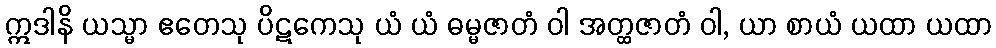
ဣဒါနိ ယသ္မာ ဧတေသု ပိဋကေသု ယံ ယံ ဓမ္မဇာတံ ဝါ အတ္ထဇာတံ ဝါ, ယာ စာယံ ယထာ ယထာ